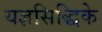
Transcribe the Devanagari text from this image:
यज्ञसिद्धिके